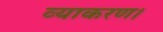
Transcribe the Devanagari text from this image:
व्याकरण।